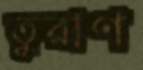
তুরাণ